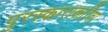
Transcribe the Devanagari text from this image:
पुरस्काराकरिता